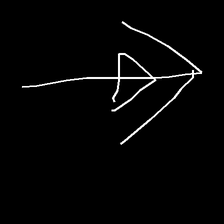
Glyph: pull